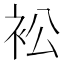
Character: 衳